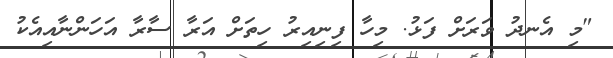
"މި އެނދު ވަރަށް ފަޅު. މިހާ ފިނިއިރު ހިތަށް އަރާ ސާރާ އަހަންނާއިއެކު